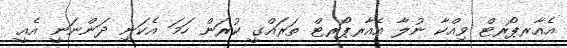
އެއާރޕޯރޓް ވިއްކާ ނުލާ އެއާރޕޯރޓް ތަރައްގީ ކުރަން ހަމަ އެކަނި ދަންނަނީ އެއީ